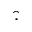
\hat { \cdot }